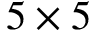
5 \times 5